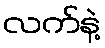
လက်နဲ့